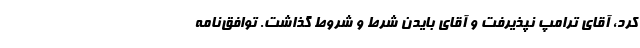
کرد، آقای ترامپ نپذیرفت و آقای بایدن شرط و شروط گذاشت. توافق‌نامه